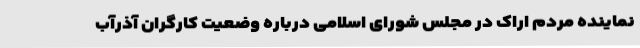
نماینده مردم اراک در مجلس شورای اسلامی درباره وضعیت کارگران آذرآب